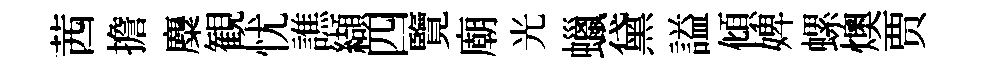
茜擔麋観忧譙纈四覽廟光蠟黛謚傾婢螺燠贾